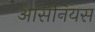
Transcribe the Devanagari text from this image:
आर्सेनियस